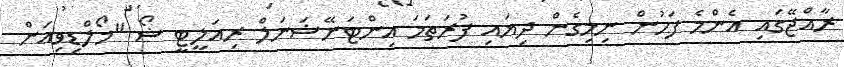
ރާއްޖޭގައި އެންމެ ފަހުން ނިމިގެން ދިޔައި ފުރަތަމަ އިންޓަނޭޝަނަލް ރިއަލީޓީ ޝޯ "މޯލްޑިވިއަން